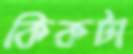
কিকটা